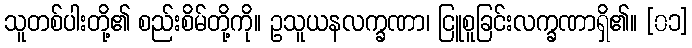
သူတစ်ပါးတို့၏ စည်းစိမ်တို့ကို။ ဥသူယနလက္ခဏာ၊ ငြူစူခြင်းလက္ခဏာရှိ၏။ [၀၁]